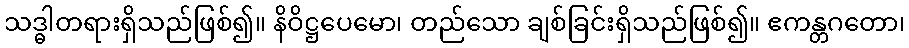
သဒ္ဓါတရားရှိသည်ဖြစ်၍။ နိဝိဋ္ဌပေမော၊ တည်သော ချစ်ခြင်းရှိသည်ဖြစ်၍။ ဧကန္တဂတော၊